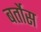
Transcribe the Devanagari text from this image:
बर्तोस